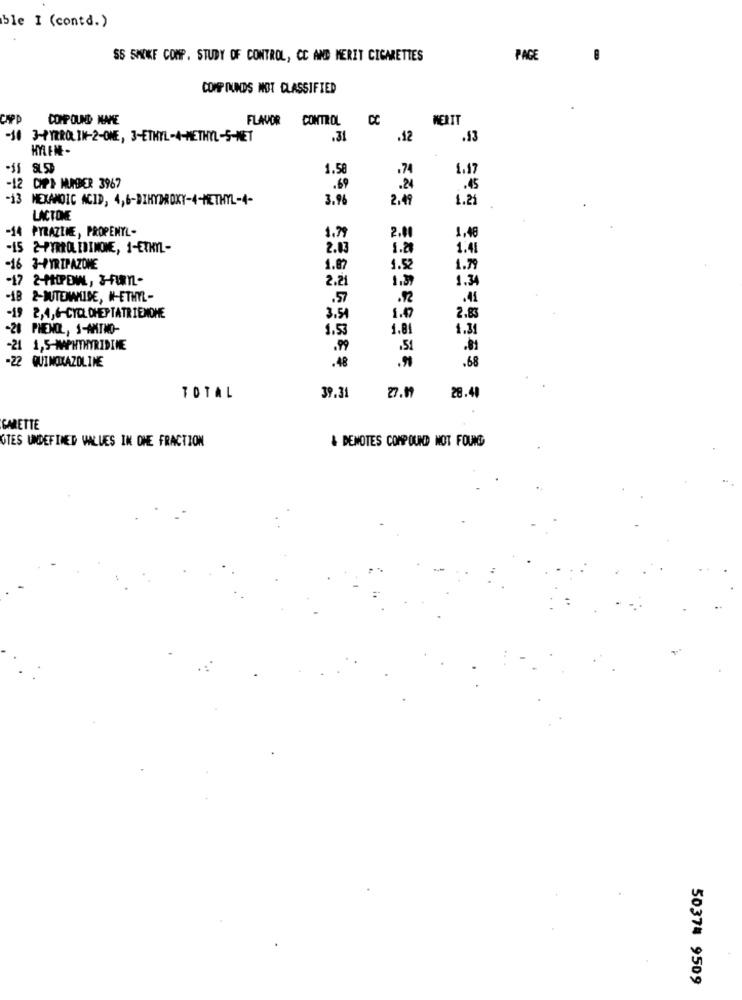
ble I (contd.)
SS SMOKE COMP. STUDY OF CONTROL, CC AND MERIT CIGARETTES
PAGE
COMP INUNDS MOT CLASSIFIED
CAPP
COMPOUND NAME
FLAVOR CONTROL
CC
WERIT
-10
3-PYRROL IN-2-ONE, 3-ETHYL-4-METHYL-5-NET
.31
.12
.53
HYLENE-
SLS
1.5
.74
1.17
-12
CIPE MUMBER 3967
.69
.24
.45
-13
MEXAMDIC ACID, 4,6-DIHYDROXY-4-METHYL-4-
3.96
2.4
1.21
LACTONE
-14
PYRAZINE, PROPENYL-
2.01
1.48
1.79
-15 2-PYRROLIDINONE, 1-ETHYL-
2.03
1.20
1.41
-16 3-PYRIPAZONE
1.87
1.52
1.75
-17 2-MIPEML, 3-FuML-
2.21
1.39
1.34
2-WUTENWILDE, W-ETHYL-
.57
.41
-19
2.83
2,4,6-CYCLOHEPTATRIENOHE
3.54
1.0
-20
PHENOL, S-AMINO-
1.53
1.8
1.31
-21 1,5-MAPHTHYRIDINE
.99
.51
-22 QUIMIXAZOLINE
.68
.48
27.07
28.48
TOTAL
39.31
GARETTE
OTES UNDEFINED VALUES IN ONE FRACTION
& DENOTES COMPOUND NOT FOUND
50374 9509